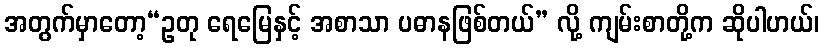
အတွက်မှာတော့“ဥတု ရေမြေနှင့် အစာသာ ပဓာနဖြစ်တယ်” လို့ ကျမ်းစာတို့က ဆိုပါဟယ်၊